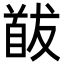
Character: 𩠕